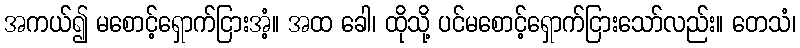
အကယ်၍ မစောင့်ရှောက်ငြားအံ့။ အထ ခေါ၊ ထိုသို့ ပင်မစောင့်ရှောက်ငြားသော်လည်း။ တေသံ၊